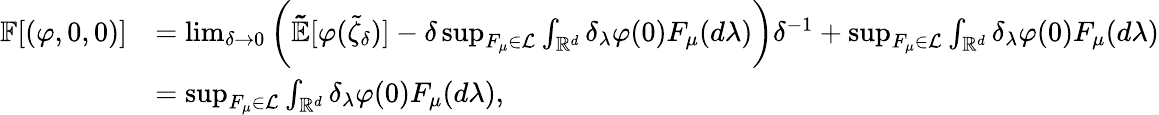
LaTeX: \begin{array}{rl}{\mathbb{F}[(\varphi,0,0)]}&{=\operatorname*{lim}_{\delta\rightarrow 0}\bigg(\mathbb{\tilde{E}}[\varphi(\tilde{\zeta}_{\delta})]-\delta\operatorname*{sup}_{F_{\mu}\in\mathcal{L}}\int_{\mathbb{R}^{d}}\delta_{\lambda}\varphi(0)F_{\mu}(d\lambda)\bigg)\delta^{-1}+\operatorname*{sup}_{F_{\mu}\in\mathcal{L}}\int_{\mathbb{R}^{d}}\delta_{\lambda}\varphi(0)F_{\mu}(d\lambda)}\\ &{=\operatorname*{sup}_{F_{\mu}\in\mathcal{L}}\int_{\mathbb{R}^{d}}\delta_{\lambda}\varphi(0)F_{\mu}(d\lambda),}\end{array}